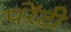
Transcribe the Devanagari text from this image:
परेंटी